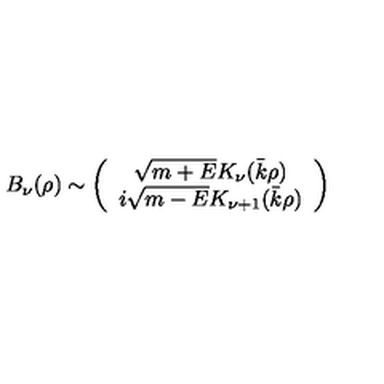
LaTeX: B _ { \nu } ( \rho ) \sim \left( \begin{array} { c } { \sqrt { m + E } K _ { \nu } ( \bar { k } \rho ) } \\ { i \sqrt { m - E } K _ { \nu + 1 } ( \bar { k } \rho ) } \\ \end{array} \right)